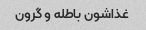
غذاشون باطله و گرون